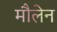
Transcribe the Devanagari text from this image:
मौलेन